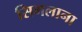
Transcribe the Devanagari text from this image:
सिमलाना